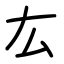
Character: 厷